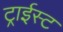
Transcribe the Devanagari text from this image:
ट्राईस्ट